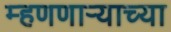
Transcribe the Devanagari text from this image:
म्हणणार्‍याच्या